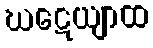
ဃဋေယျာထ